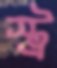
স্ট্র